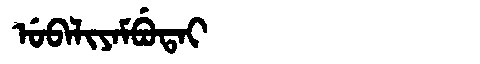
Manchu: ᡠᠪᠠᠯᡳᠶᠠᠮᠪᡠᡨᠠᡳ
Romanization: UBALIYAMBUTAI